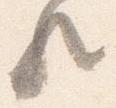
歟